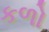
કળો